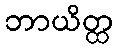
ဘာယိတ္ထ